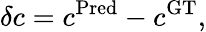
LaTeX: \delta c=c^{\mathrm{Pred}}-c^{\mathrm{GT}},